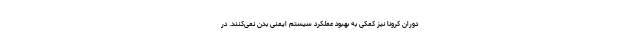
دوران کرونا نیز کمکی به بهبود عملکرد سیستم ایمنی بدن نمی‌کنند. در